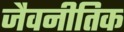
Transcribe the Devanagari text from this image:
जैवनीतिक